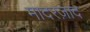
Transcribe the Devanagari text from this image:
मादरज़ाद